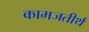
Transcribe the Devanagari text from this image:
कामजतीर्थ